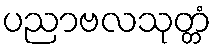
ပညာဗလသုတ္တံ